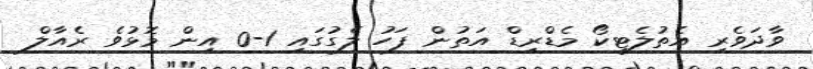
ވާދަވެރި އެތުލެޓިކޯ މެޑްރިޑް އަތުން ފަހު ލެގުގައި 1-0 އިން މޮޅުވެ ރެއާލް